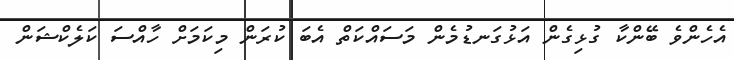
އެހެންވެ ބޭންކާ ގުޅިގެން އަޅުގަނޑުމެން މަސައްކަތް އެބަ ކުރަން މިކަމަށް ހާއްސަ ކަލެކްޝަން